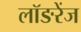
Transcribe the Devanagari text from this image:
लॉङरेंज